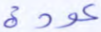
عودة